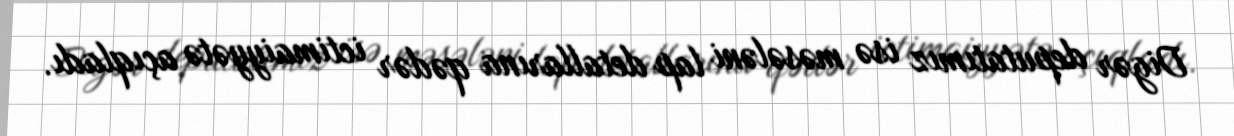
Digər deputatımız isə məsələni lap detallarına qədər ictimaiyyətə açıqladı.